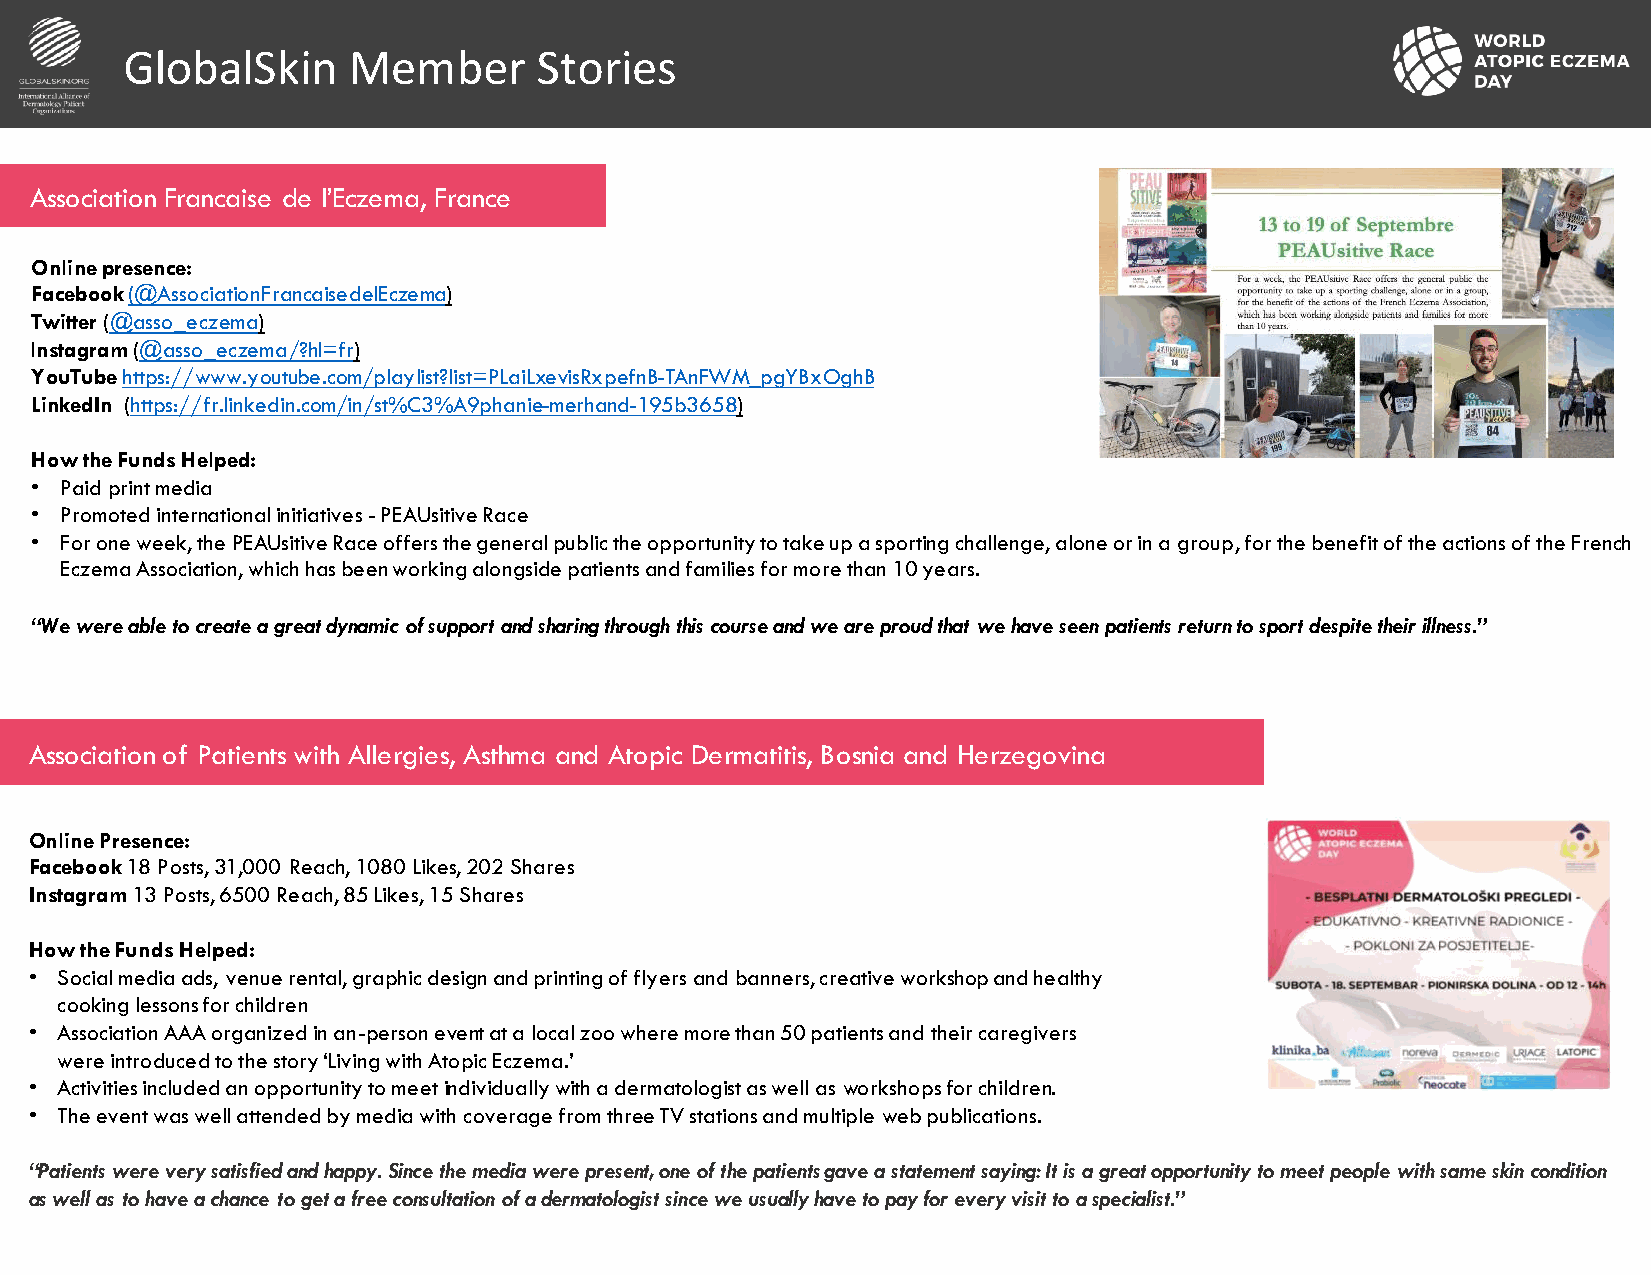
GlobalSkin     Member       Stories
 Association Francaise de l’Eczema, France
 Online presence:
 Facebook(@AssociationFrancaisedelEczema)
 Twitter (@asso_eczema)
 Instagram(@asso_eczema/?hl=fr)
 YouTubehttps://www.youtube.com/playlist?list=PLaiLxevisRxpefnB-TAnFWM_pgYBxOghB
 LinkedIn (https://fr.linkedin.com/in/st%C3%A9phanie-merhand-195b3658)
 How the Funds Helped:
 • Paid print media
 • Promoted international initiatives -PEAUsitiveRace
 • For one week, thePEAUsitiveRace offers the general public the opportunity to take up a sporting challenge, alone or in a group, for the benefit of the actions of the French
 Eczema Association, which has been working alongside patients and families for more than 10 years.
 “We were able to create a great dynamic of support and sharing through this course and we are proud that we have seen patients return to sport despite their illness.”
 Association of Patients with Allergies, Asthma and Atopic Dermatitis, Bosnia and Herzegovina
 Online Presence:
 Facebook18 Posts,31,000 Reach, 1080 Likes, 202 Shares
 Instagram13 Posts, 6500 Reach, 85 Likes,15 Shares
 How the Funds Helped:
 • Social media ads, venue rental, graphic design and printing of flyersand banners,creative workshop and healthy
 cooking lessons for children
 • Association AAA organized in an-person eventat a local zoo where more than 50 patients and their caregivers
 were introduced to the story‘Living with Atopic Eczema.’
 • Activities included an opportunity to meetindividuallywith a dermatologist as well as workshopsfor children.
 • The event was well attended by media with coverage from three TV stations and multiple web publications.
 “Patients were very satisfied and happy. Since the media were present, one of the patientsgave a statement saying: It is a great opportunity to meet people with same skin condition
 as well as to have a chance to getafree consultation ofadermatologist since we usually have to pay for every visit to aspecialist.”